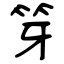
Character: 笌